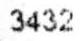
3432